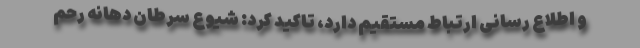
و اطلاع رسانی ارتباط مستقیم دارد، تاکید کرد: شیوع سرطان دهانه رحم